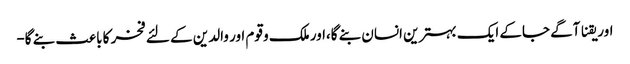
اور یقنا آگے جاکے ایک بہترین انسان بنے گا،اور ملک و قوم اور والدین کے لئے فخر کا باعث بنے گا-